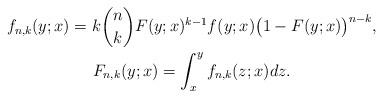
LaTeX: \begin{align*}\begin{gathered}f_{n,k}(y;x)=k\binom{n}{k}F(y;x)^{k-1}f(y;x)\bigl(1-F(y;x)\bigr)^{n-k},\\F_{n,k}(y;x)=\int_{x}^{y}f_{n,k}(z;x)dz.\end{gathered}\end{align*}